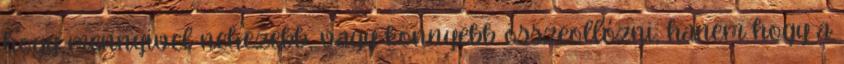
hogy mennyivel nehezebb, vagy könnyebb összeollózni, hanem hogy a